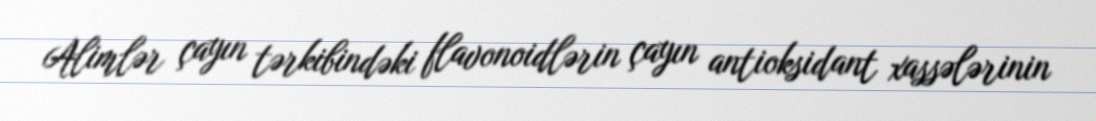
Alimlər çayın tərkibindəki flavonoidlərin çayın antioksidant xassələrinin